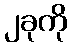
၂ခုကို